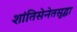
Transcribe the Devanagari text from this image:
शांतिसेनेतसुद्धा